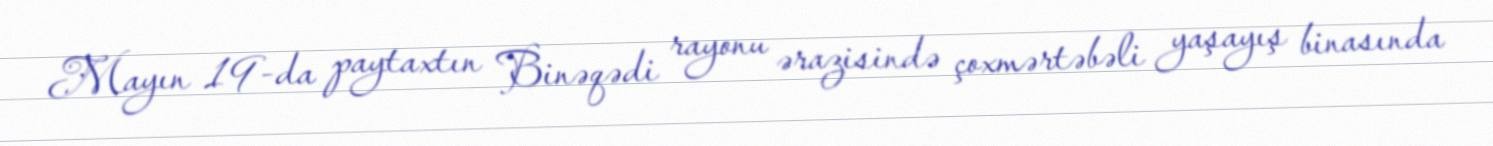
Mayın 19-da paytaxtın Binəqədi rayonu ərazisində çoxmərtəbəli yaşayış binasında